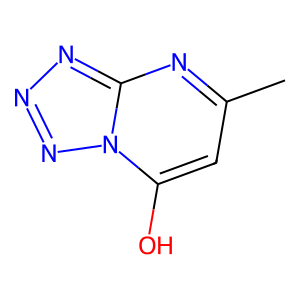
SMILES: Cc1cc(O)n2nnnc2n1
Inhibits HIV replication: No